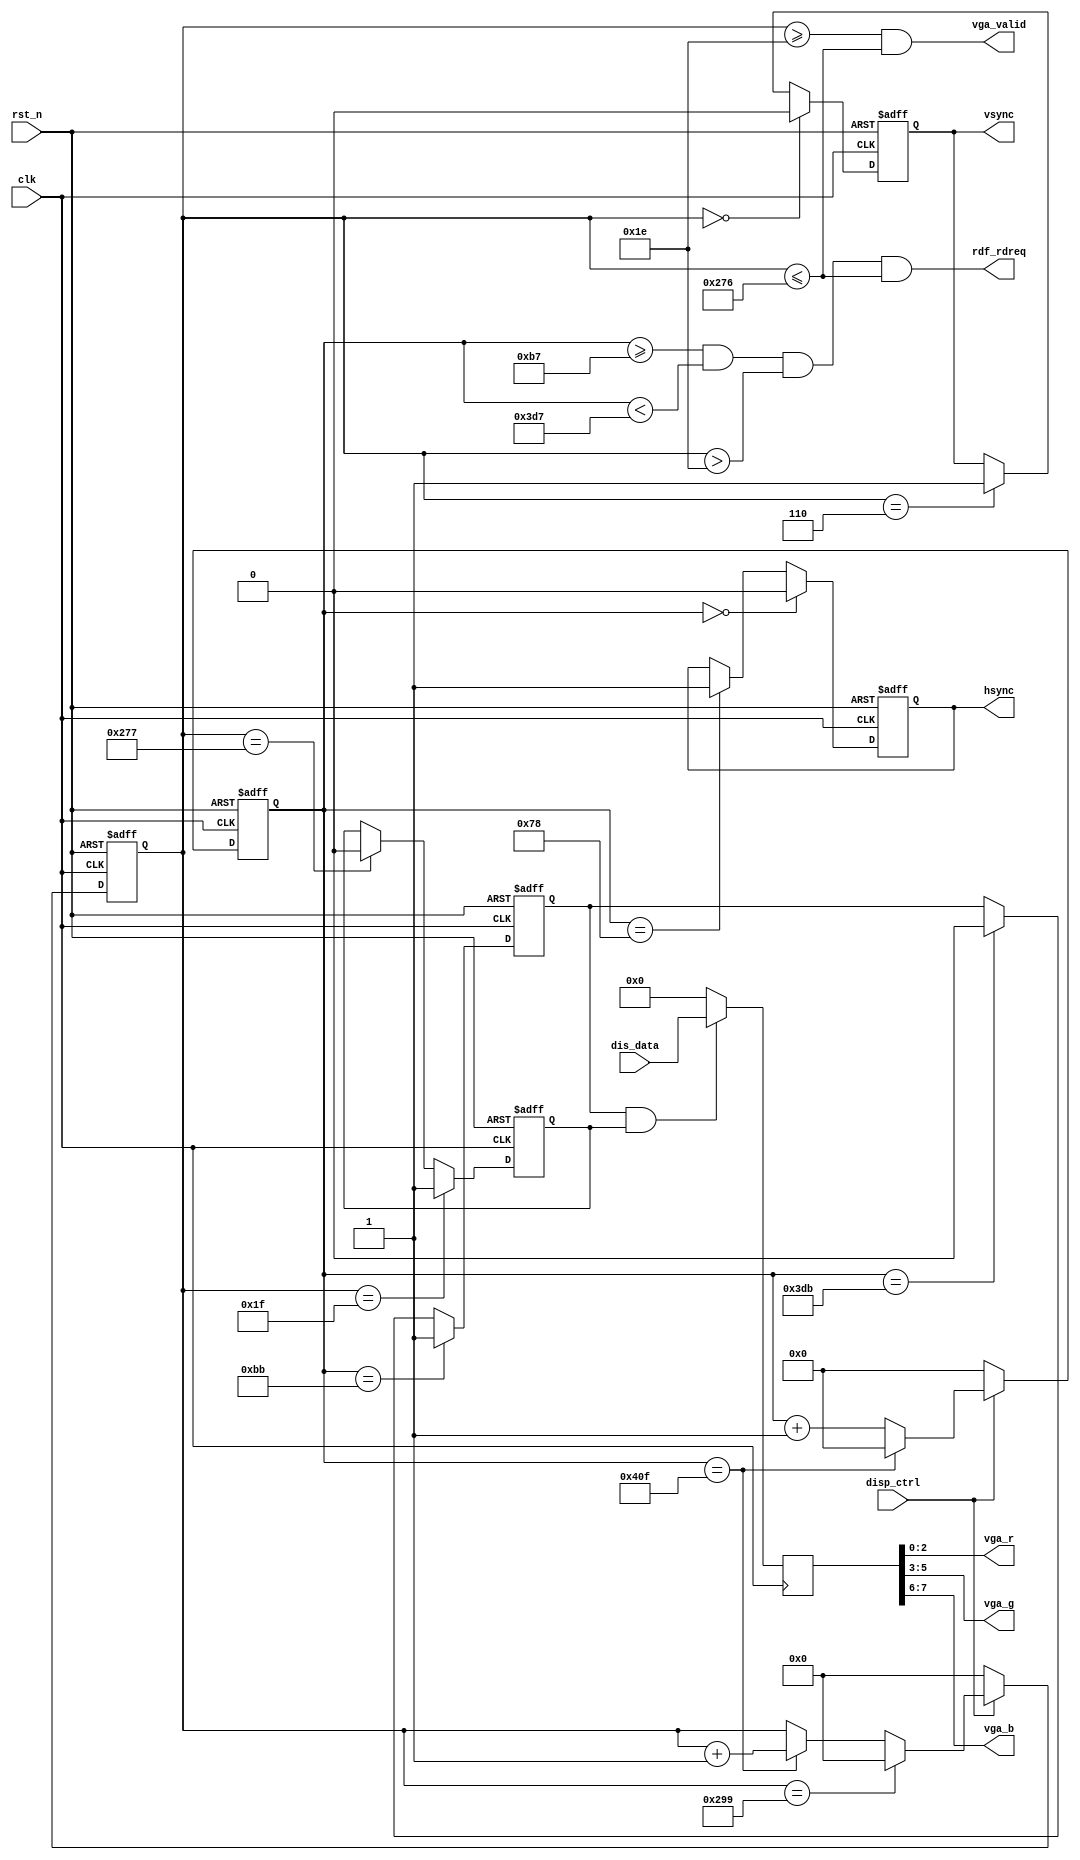
`timescale 1ns / 1ps
////////////////////////////////////////////////////////////////////////////////
// Company		: 
// Design Name	: 
// Module Name	: vga_ctrl
// Project Name	: 
// Target Device: Cyclone EP1C3T144C8 
// Tool versions: Quartus II 8.1
// Description	: 
//				
// Revision		: V1.0
// Additional Comments	:  
// 
////////////////////////////////////////////////////////////////////////////////
module vga_ctrl(	
				clk,rst_n,
				disp_ctrl,
				dis_data,vga_valid,rdf_rdreq,
				hsync,vsync,vga_r,vga_g,vga_b
			);

input clk;		// 50MHz
input rst_n;	//

input[7:0] dis_data;	//VGA
input disp_ctrl;		//LCD
output vga_valid;		//SDRAM
output rdf_rdreq;			//sdramFIFO

	// FPGAVGA
output hsync;	//
output vsync;	//
output[2:0] vga_r;
output[2:0] vga_g;
output[1:0] vga_b;

//--------------------------------------------------
	// 
reg[10:0] x_cnt;	//0-1039
reg[9:0] y_cnt;		//0-665

always @ (posedge clk or negedge rst_n)
	if(!rst_n) x_cnt <= 11'd0;
	else if(!disp_ctrl) x_cnt <= 11'd0;	//
	else if(x_cnt == 11'd1039) x_cnt <= 11'd0;
	else x_cnt <= x_cnt+1'b1;			//x

always @ (posedge clk or negedge rst_n)
	if(!rst_n) y_cnt <= 10'd0;
	else if(!disp_ctrl) y_cnt <= 10'd0;	//
	else if(y_cnt == 10'd665) y_cnt <= 10'd0;
	else if(x_cnt == 11'd1039) y_cnt <= y_cnt+1'b1;	//y

//--------------------------------------------------
	//
reg valid_yr;	//

always @ (posedge clk or negedge rst_n)
	if(!rst_n) valid_yr <= 1'b0;
	else if(y_cnt == 10'd31) valid_yr <= 1'b1;	//
	else if(y_cnt == 10'd631) valid_yr <= 1'b0;	

reg valid_r;
wire valid;		//

always @ (posedge clk or negedge rst_n)
	if(!rst_n) valid_r <= 1'b0;
	else if(x_cnt == 11'd187) valid_r <= 1'b1;	//
	else if(x_cnt == 11'd987) valid_r <= 1'b0;
	
assign valid = valid_r & valid_yr;	// VGA

//--------------------------------------------------
	// VGA,
reg hsync_r,vsync_r;	//

always @ (posedge clk or negedge rst_n)
	if(!rst_n) hsync_r <= 1'b1;								
	else if(x_cnt == 11'd0) hsync_r <= 1'b0;	//hsync
	else if(x_cnt == 11'd120) hsync_r <= 1'b1;

always @ (posedge clk or negedge rst_n)
	if(!rst_n) vsync_r <= 1'b1;							  
	else if(y_cnt == 10'd0) vsync_r <= 1'b0;	//vsync
	else if(y_cnt == 10'd6) vsync_r <= 1'b1;

assign hsync = hsync_r;
assign vsync = vsync_r;

//--------------------------------------------------
	//FIFO

assign rdf_rdreq = ((x_cnt >= 11'd183) & (x_cnt < 11'd983) 
					& (y_cnt > 10'd30) & (y_cnt <= 10'd630));

//--------------------------------------------------
	//SDRAM
assign vga_valid = (y_cnt >= 10'd30) & (y_cnt <= 10'd630);

//-------------------------------------------------- 
	// VGA
reg[7:0] vga_rgb;	// VGA

always @ (posedge clk)
	if(!valid) vga_rgb <= 8'd0;
	else vga_rgb <= dis_data;

	//r,g,b
assign vga_r = vga_rgb[2:0];
assign vga_g = vga_rgb[5:3];
assign vga_b = vga_rgb[7:6];

endmodule